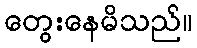
တွေးနေမိသည်။